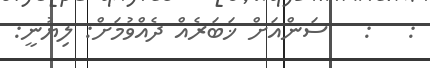
:   :   ސަންއަށް ޚަބަރެއް ދެއްވުމަށް: ލިޔުނީ: